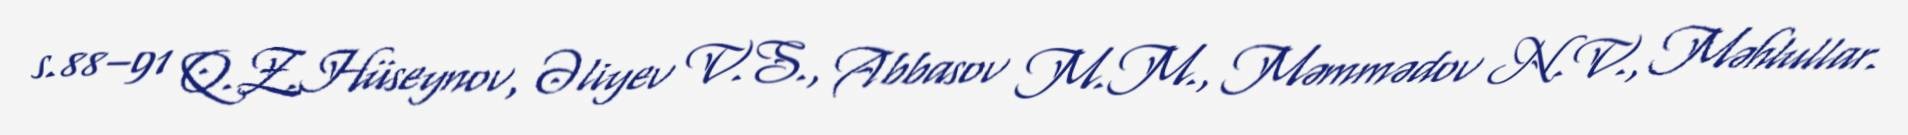
s.88–91 Q.Z.Hüseynov, Əliyev V.S., Abbasov M.M., Məmmədov N.V., Məhlullar.